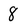
Character: 8